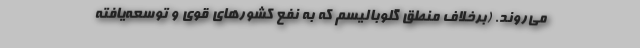
می‌روند. (برخلاف منطق گلوبالیسم که به نفع کشورهای قوی و توسعه‌‌یافته